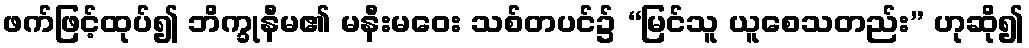
ဖက်ဖြင့်ထုပ်၍ ဘိက္ခုနီမ၏ မနီးမဝေး သစ်တပင်၌ “မြင်သူ ယူစေသတည်း” ဟုဆို၍